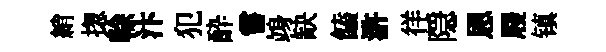
綃揔𠏉汴犯酔嘗竧缺饁滸徉隠恩屐镇